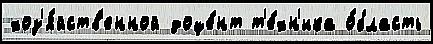
хоз'я́йств'енной доце́нт т'е́хн'ика о́бласть